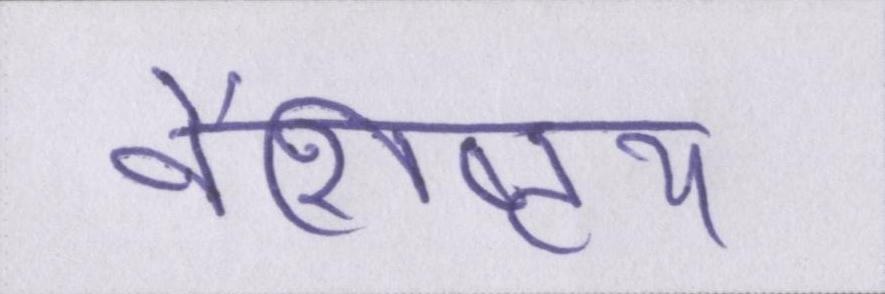
वैशिष्ट्य